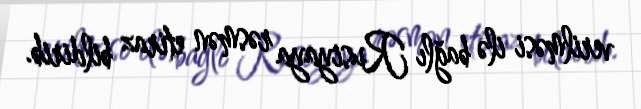
verilməsi ilə bağlı Rusiyaya rəsmən etiraz bildirib.